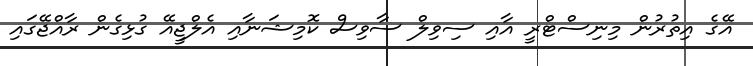
އޭގެ އިތުރުން މިނިސްޓްރީ އާއި ސިވިލް ސާވިސް ކޮމިޝަނާއި އެލްޖީއޭ ގުޅިގެން ރާއްޖޭގައި